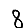
Digit: 8